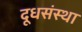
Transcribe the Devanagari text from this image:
दूधसंस्था